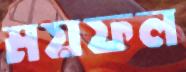
ময়ফল